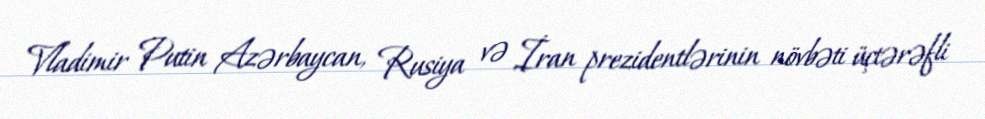
Vladimir Putin Azərbaycan, Rusiya və İran prezidentlərinin növbəti üçtərəfli